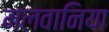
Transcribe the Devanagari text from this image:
मलवानिया